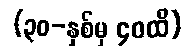
(၃၀-နှစ်မှ ၄၀ထိ)